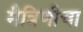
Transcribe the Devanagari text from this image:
मैत्रिणीचा